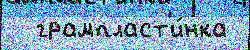
  грампласт'и́нка